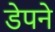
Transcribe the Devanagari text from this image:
डेपने